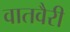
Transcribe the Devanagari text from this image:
वातवैरी